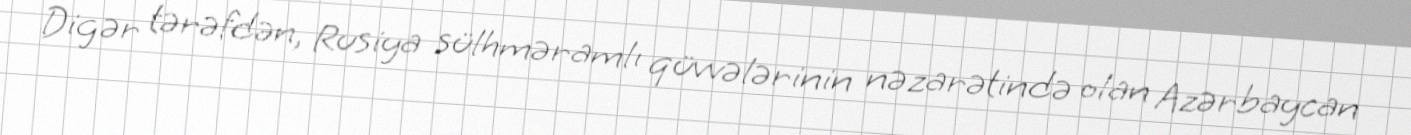
Digər tərəfdən, Rusiya sülhməramlı qüvvələrinin nəzarətində olan Azərbaycan